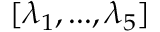
[ \lambda _ { 1 } , . . . , \lambda _ { 5 } ]